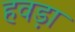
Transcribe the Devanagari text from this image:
हवड़ा